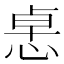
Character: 𢛂